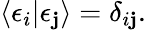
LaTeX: \langle\epsilon_{i}|\epsilon_{\mathbf{j}}\rangle=\delta_{i\mathbf{j}}.